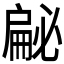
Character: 𱟣